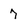
Character: 7